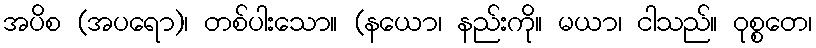
အပိစ (အပရော)၊ တစ်ပါးသော။ (နယော၊ နည်းကို။ မယာ၊ ငါသည်။ ဝုစ္စတေ၊